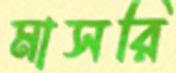
মাসরি